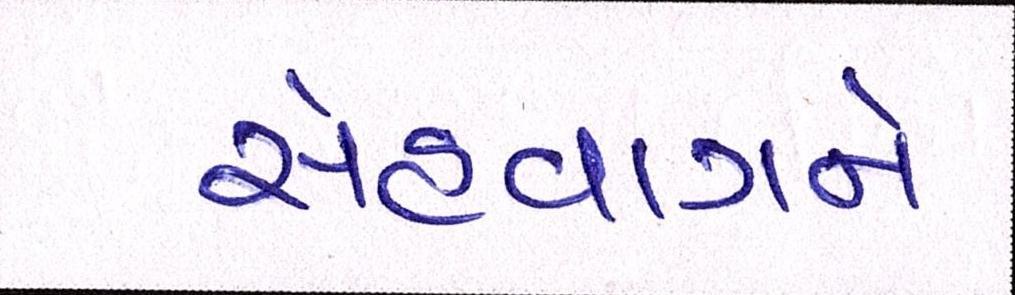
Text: સેહવાગને